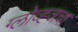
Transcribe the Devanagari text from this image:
ग्लोव्ह्जचा